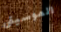
الموسيقى